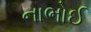
નાભોઈ